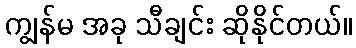
ကျွန်မ အခု သီချင်း ဆိုနိုင်တယ်။